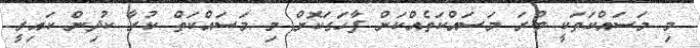
މި މަސައްކަތަކީ ބުރަ މަސައްކަތެއްކަން ފާހަގަކޮށް މި މަސައްކަތް ކުރާ ކުދިން ކައިރީ